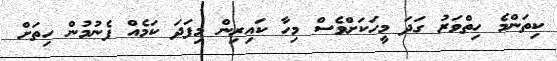
ކިތަންމެ ހިތްވަރު ގަދަ މީހަކަށްވެސް މިހާ ކައިރިން މިފަދަ ކަމެއް ފެނުމުން ހިތަށް